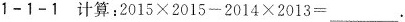
1-1-1 计算：2015×2015-2014×2013=____。